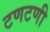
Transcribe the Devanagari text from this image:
टणटणी